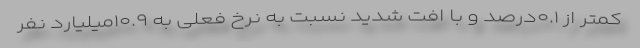
کمتر از ۰.۱درصد و با افت شدید نسبت به نرخ فعلی به ۱۰.۹میلیارد نفر